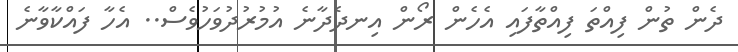
ދެން ތުން ފިއްތަ ފިއްތާފައި އެހެން ރޯން އިނދެދާނެ އުމުރުދުވަހުވެސް.. އެހާ ފައްކާވާނެ